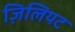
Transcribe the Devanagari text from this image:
ज़िलियट